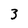
Character: 3